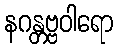
နဂန္တဗ္ဗဝါရော